Magi,_Artur, lk 38
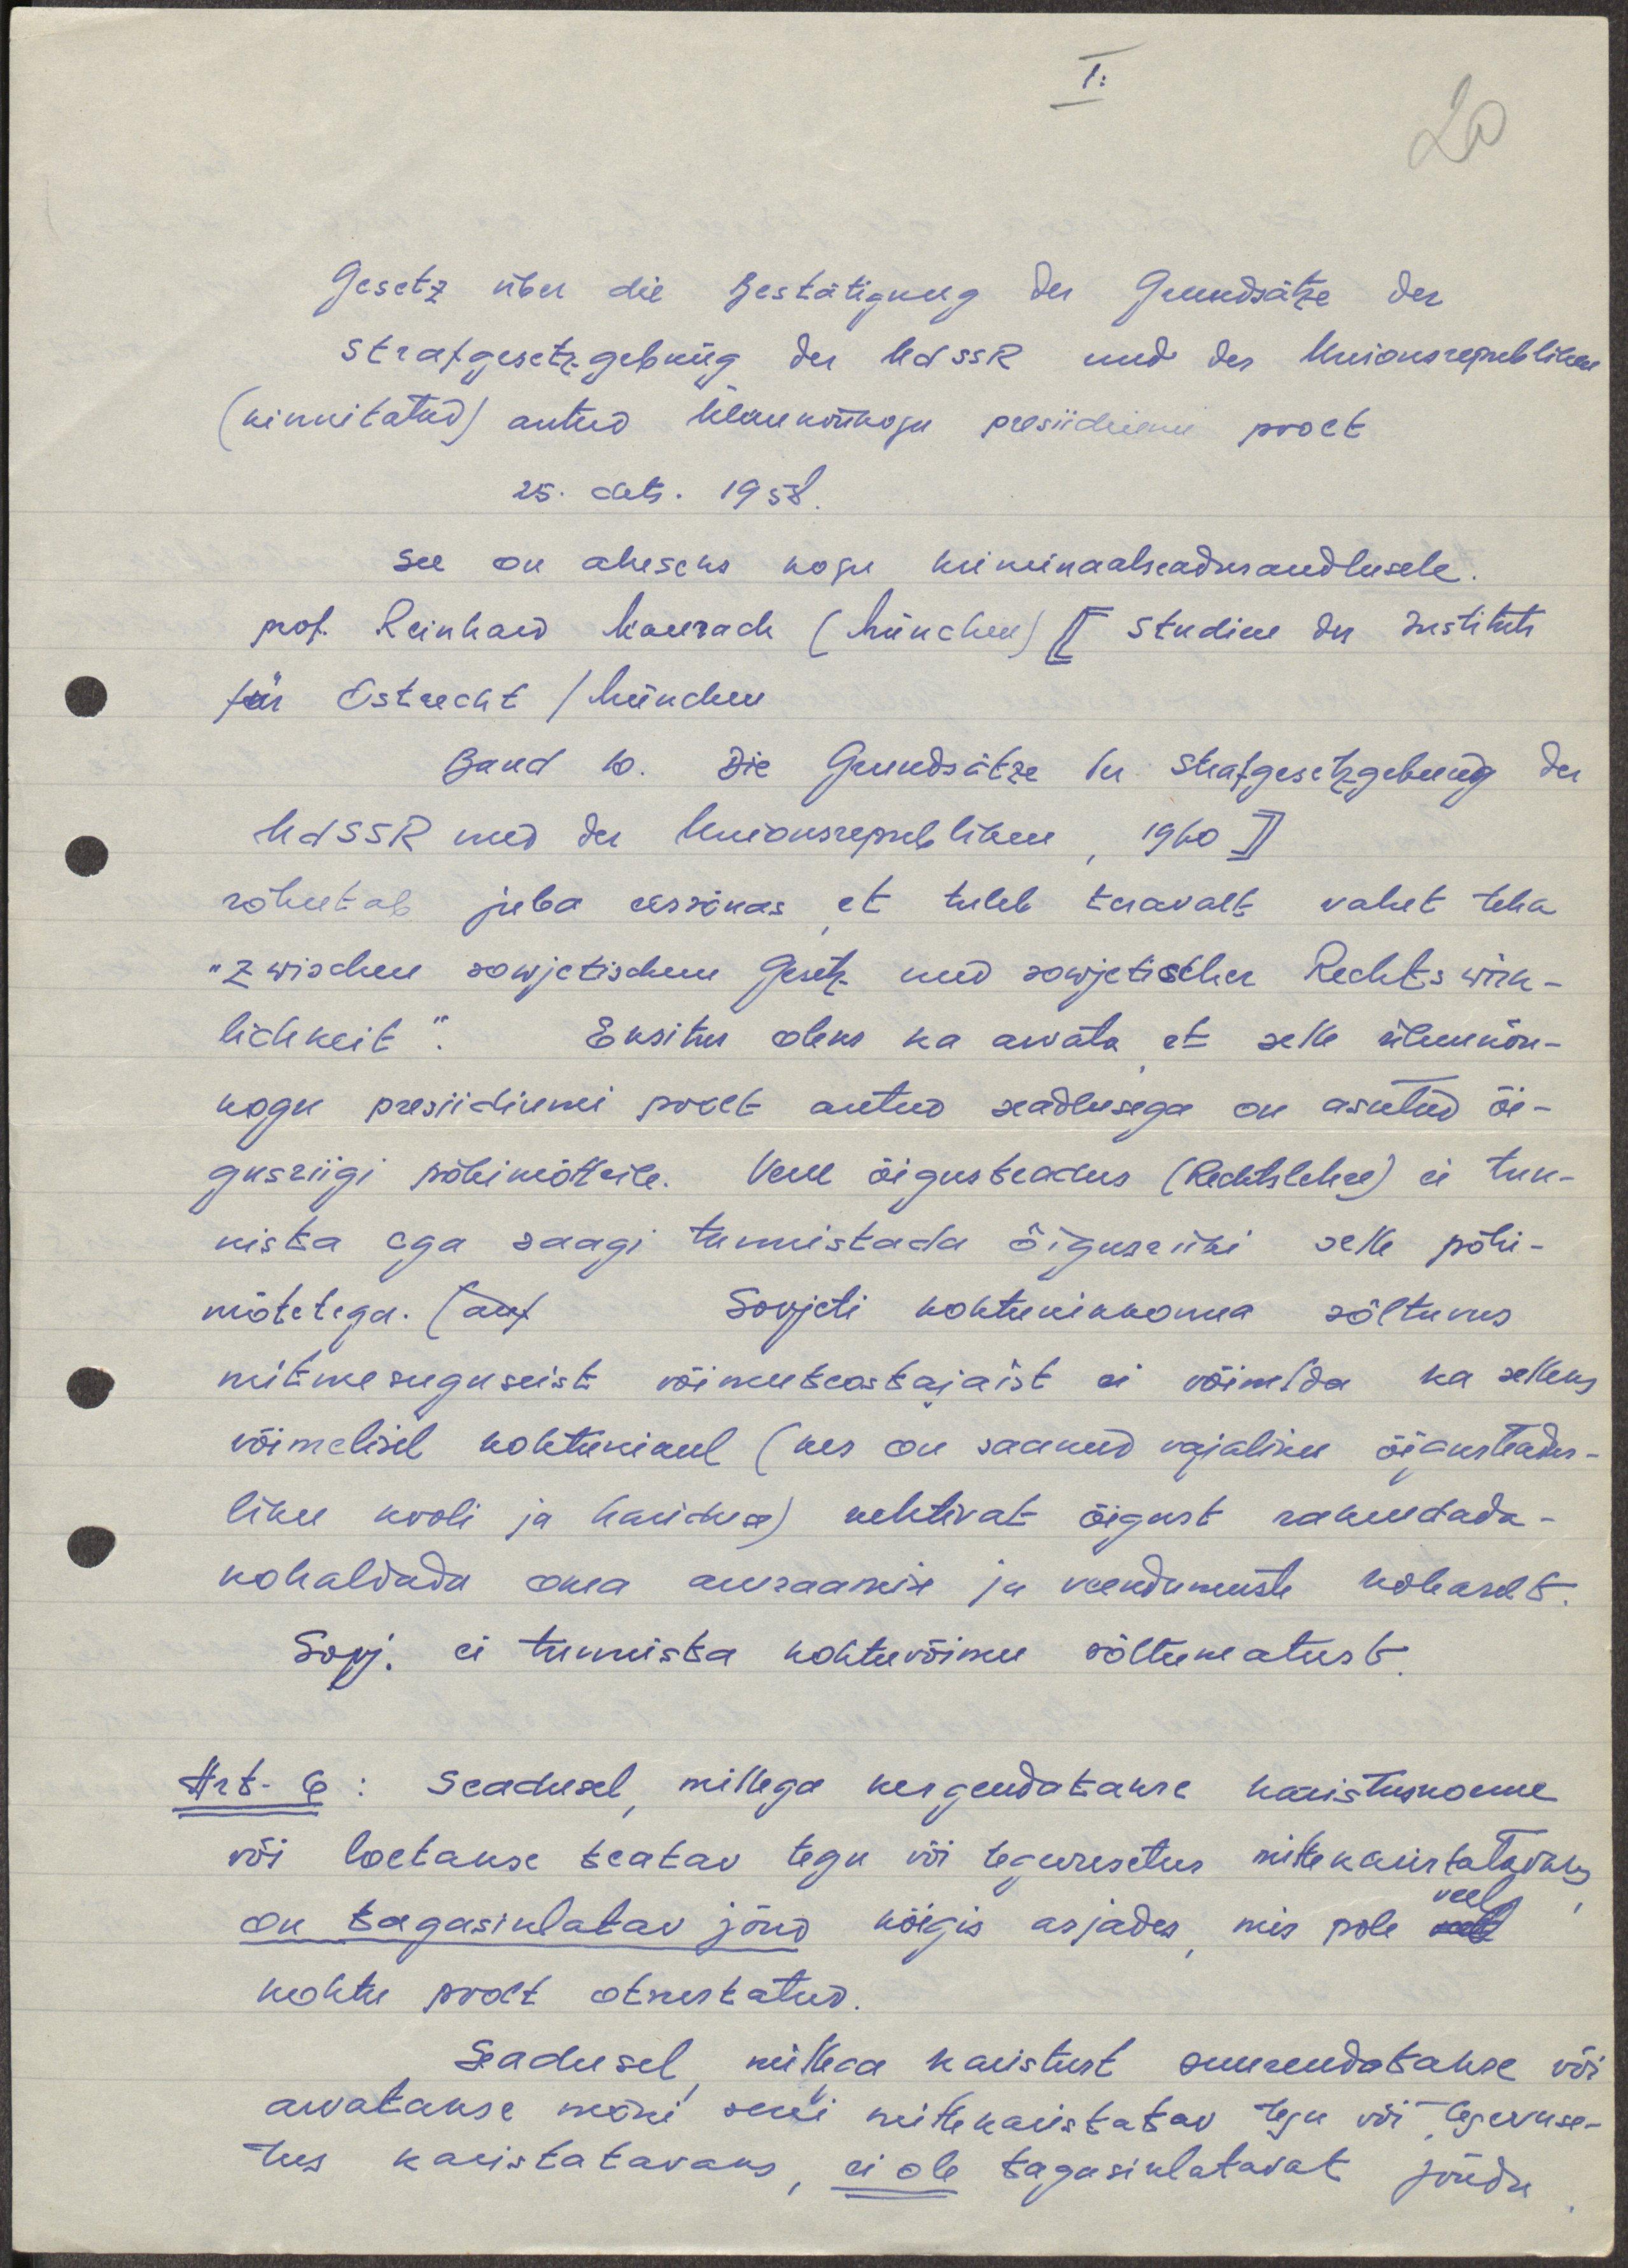
I:
20
Gesetz über die Bestätigung der Grundsätze der
Strafgesetzgebung der UdSSR und der Unionsrepubliken
(kinnitatud) antud ülekunõukogu presiideismi poolt
25. dets. 1958.
see on aluseks kogu kriminaalseadusandlusele.
prof. Reinhard Maurach (München) [Studien des Instituts
für Ostrecht /München
Band 10. Die Grundsätze der Strafgesetzgebung der
UdSSR und der Unionsrepubliken, 1960]
rõhutab juba eessõnas, et tuleb teravalt vahet teha
"zwischen sowjetischem Gesetz und sowjetischer Rechts wirk-
lichkeit." Eksitus oleks ka arvata et selle ülemnõu-
kogu presiidiemi poolt antud seadlusega on asutud õi-
gusriigi põhimõtteile. Vene õigusteadus (Rechtslehre) ei tun-
nista ega saagi tunnistada õiguseriiki selle põhi-
mõtetega. Sovjeti kohtunikkonna sõltuvus
mitmesuguseist võimuteostajaist ei võimlda ka selleks
võimelisel kohtunikul (kes on saanud vajaliku õigusteadus-
liku kooli ja hariduse) kehtivat õigust rakendada-
kohaldada oma auraamise ja veendumuste kohaselt.
Sovj. ei tunnista kohtuvõimu sõltumatust.
Art- 6: Seadusel, millega kergendatakse karistusnorme
või loetakse teatav tegu või tegevusetus mittekaristatavaks
on tagasiulatav jõud kõigis asjades, mis pole veel
kohtu poolt otsustatud.
Seadusel, millega karistust suurendatakse või
arvatakse mõni seni mittekaristatav tegu või tegevuse-
tus karistatavaks, ei ole tagasiulatavat jõudu.